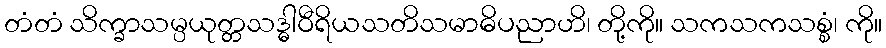
တံတံ သိက္ခာသမ္ပယုတ္တသဒ္ဓါဝီရိယသတိသမာဓိပညာဟိ၊ တို့ကို။ သကသကသစ္စံ၊ ကို။